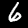
Label: 6